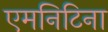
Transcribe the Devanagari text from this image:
एमनिटिना